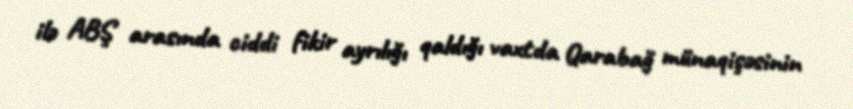
ilə ABŞ arasında ciddi fikir ayrılığı qaldığı vaxtda Qarabağ münaqişəsinin